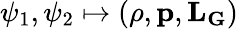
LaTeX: \psi_{1},\psi_{2}\mapsto(\rho,\mathbf{p},\mathbf{L}_{\mathbf{G}})